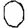
Digit: 0